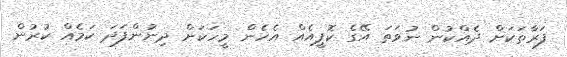
ފަރާތަކަށް ދެއްކުން ނުވަތަ އޭގެ ކޮޕީއެއް އެހެން މީހަކަށް ދިނުންފަދަ ކަމެއް ކުރުން